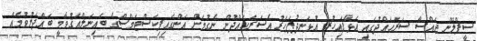
ސީޕްލޭން ޖައްސާ ސަރަޙައްދުގައި އަޅާފައިހުރި އުޅަނދުފަހަރު އެސަރަޙައްދުން ނެގުމަށް އަންގައިފިކަސްޓަމްސްގެ ބައިނަލްއަޤުވާމީ ބައްދަލުވުމެއް